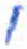
אות: י